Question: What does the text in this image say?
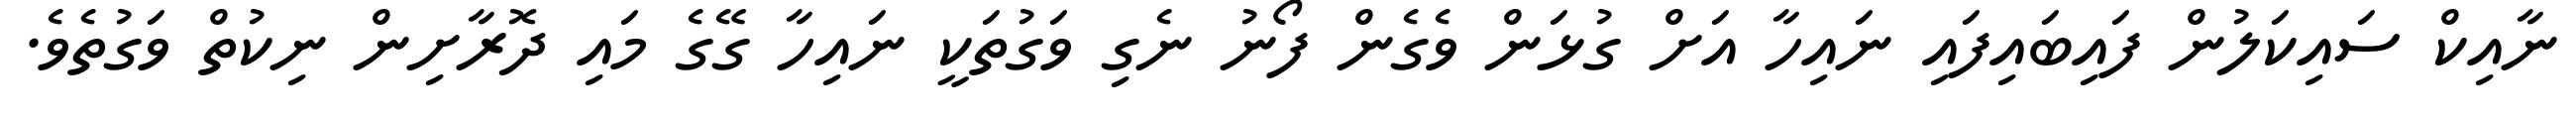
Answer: ނާއިކް ސައިކަލުން ފައިބައިފައި ނައިހާ އަށް ގުޅަން ވެގެން ފޯނު ނެގި ވަގުތަކީ ނައިހާ ގޭގެ މައި ދޮރާށިން ނިކުތް ވަގުތެވެ.